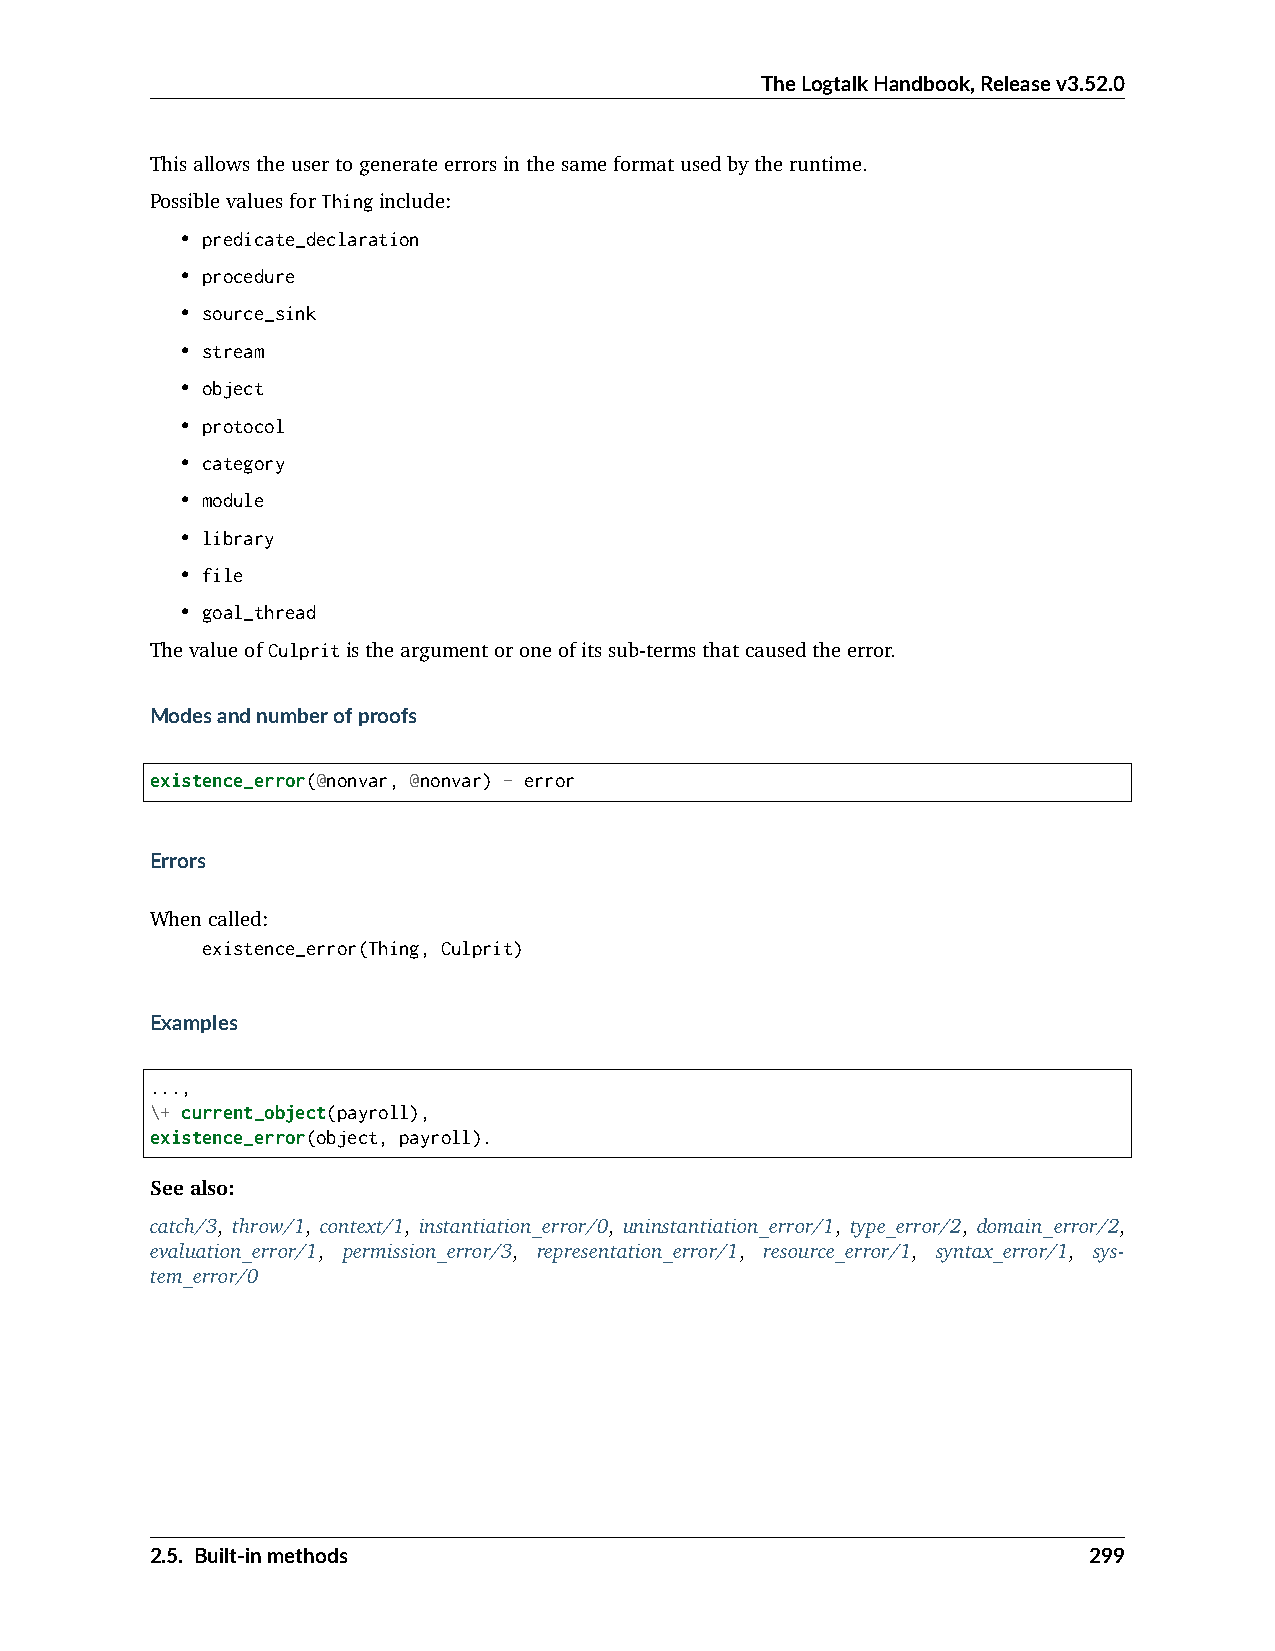
TheLogtalkHandbook,Releasev3.52.0
 Thisallowstheusertogenerateerrorsinthesameformatusedbytheruntime.
 PossiblevaluesforThinginclude:
 • predicate_declaration
 • procedure
 • source_sink
 • stream
 • object
 • protocol
 • category
 • module
 • library
 • file
 • goal_thread
 ThevalueofCulpritistheargumentoroneofitssub-termsthatcausedtheerror.
 Modesandnumberofproofs
 existence_error(@nonvar, @nonvar) - error
 Errors
 Whencalled:
 existence_error(Thing, Culprit)
 Examples
 ...,
 \+ current_object(payroll),
 existence_error(object, payroll).
 Seealso:
 catch/3, throw/1, context/1, instantiation_error/0, uninstantiation_error/1, type_error/2, domain_error/2,
 evaluation_error/1, permission_error/3, representation_error/1, resource_error/1, syntax_error/1, sys-
 tem_error/0
 2.5. Built-inmethods                                          299